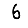
Digit: 6